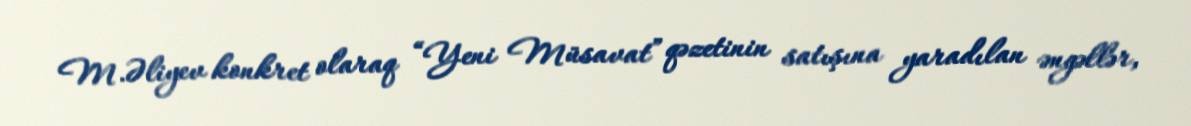
M.Əliyev konkret olaraq “Yeni Müsavat” qəzetinin satışına yaradılan əngəllər,